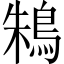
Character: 鴸